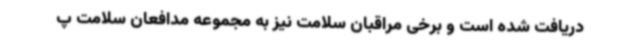
دریافت شده است و برخی مراقبان سلامت نیز به مجموعه مدافعان سلامت پ